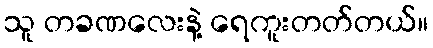
သူ တခဏလေးနဲ့ ရေကူးတတ်တယ်။